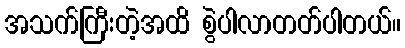
အသက်ကြီးတဲ့အထိ စွဲပါလာတတ်ပါတယ်။